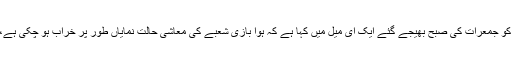
وہیں، انڈڈیگو کے فلائٹ آپریشن کے سربراہ اسیم میترا نے پائلٹوں کو جمعرات کی صبح بھیجے گئے ایک ای میل میں کہا ہے کہ ہوا بازی شعبے کی معاشی حالت نمایاں طور پر خراب ہو چکی ہے، لہذا آئندہ چند روز میں سخت اقدامات اٹھانے ضروری ہو گئے ہیں۔